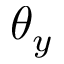
\theta _ { y }